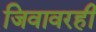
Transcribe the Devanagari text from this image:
जिवावरही